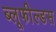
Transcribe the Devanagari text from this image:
ब्लूफील्डस